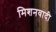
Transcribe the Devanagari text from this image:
मिशनवादी